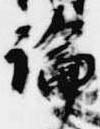
論